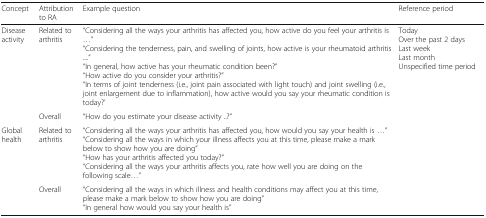
| Concept | Attribution to RA | Example question | Reference period |
 | --- | --- | --- | --- |
 | <ROWSPAN=2> Disease activity | Related to arthritis | “Considering all the ways your arthritis has affected you, how active do you feel your arthritis is ...”“Considering the tenderness, pain, and swelling of joints, how active is your rheumatoid arthritis ....”“In general, how active has your rheumatic condition been?”“How active do you consider your arthritis?”“In terms of joint tenderness (i.e., joint pain associated with light touch) and joint swelling (i.e., joint enlargement due to inflammation), how active would you say your rheumatic condition is today?’ | <ROWSPAN=4> TodayOver the past 2 daysLast weekLast monthUnspecified time period |
 | Overall | “How do you estimate your disease activity ..?” |
 | <ROWSPAN=2> Global health | Related to arthritis | “Considering all the ways your arthritis has affected you, how would you say your health is ...”“Considering all the ways in which your illness affects you at this time, please make a mark below to show how you are doing”“How has your arthritis affected you today?”“Considering all the ways your arthritis affects you, rate how well you are doing on the following scale...” |
 | Overall | “Considering all the ways in which illness and health conditions may affect you at this time, please make a mark below to show how you are doing”“In general how would you say your health is” |